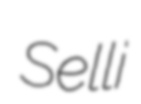
Selli